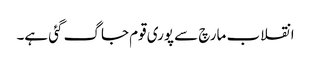
انقلاب مارچ سے پوری قوم جاگ گئی ہے۔